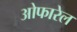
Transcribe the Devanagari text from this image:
ओफारेल